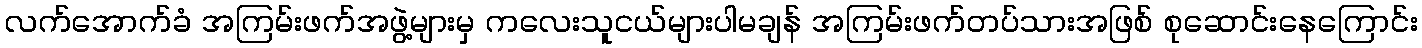
လက်အောက်ခံ အကြမ်းဖက်အဖွဲ့များမှ ကလေးသူငယ်များပါမချန် အကြမ်းဖက်တပ်သားအဖြစ် စုဆောင်းနေကြောင်း